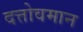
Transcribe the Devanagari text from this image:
दत्तोवमान